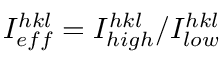
I _ { e f f } ^ { h k l } = I _ { h i g h } ^ { h k l } / I _ { l o w } ^ { h k l }